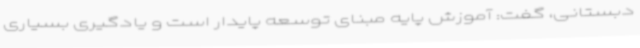
دبستانی، گفت: آموزش‌ پایه مبنای توسعه پایدار است و یادگیری بسیاری